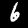
Label: 6